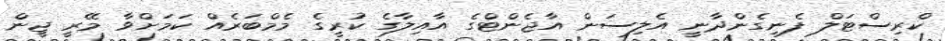
ކްރިސްޓަލް ފެނިގެންދާނީ އެލިސަން އާޖެންޓްގެ އާއިލާގެ ކުރީގެ މެމްބަރެއް ކަމަށްވާ މޭރީ ޖީން